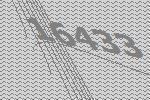
16433